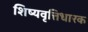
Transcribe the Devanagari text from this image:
शिष्यवृत्तिधारक